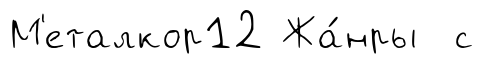
М'еталкор12 Жа́нры с